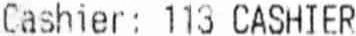
CASHIER: 113 CASHIER